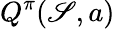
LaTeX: Q^{\pi}(\mathscr{S},a)